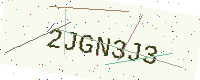
Text: 2JGN3J3